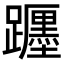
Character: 𨇠